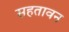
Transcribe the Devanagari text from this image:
सहतावन